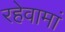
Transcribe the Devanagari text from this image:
रहेवामां